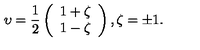
\upsilon = \frac { 1 } { 2 } \left( \begin{array} { c } { 1 + \zeta } \\ { 1 - \zeta } \\ \end{array} \right) , \zeta = \pm 1 .